Lunatic asylums Madras 1892-1911 - 1892-1911
Year: 1892
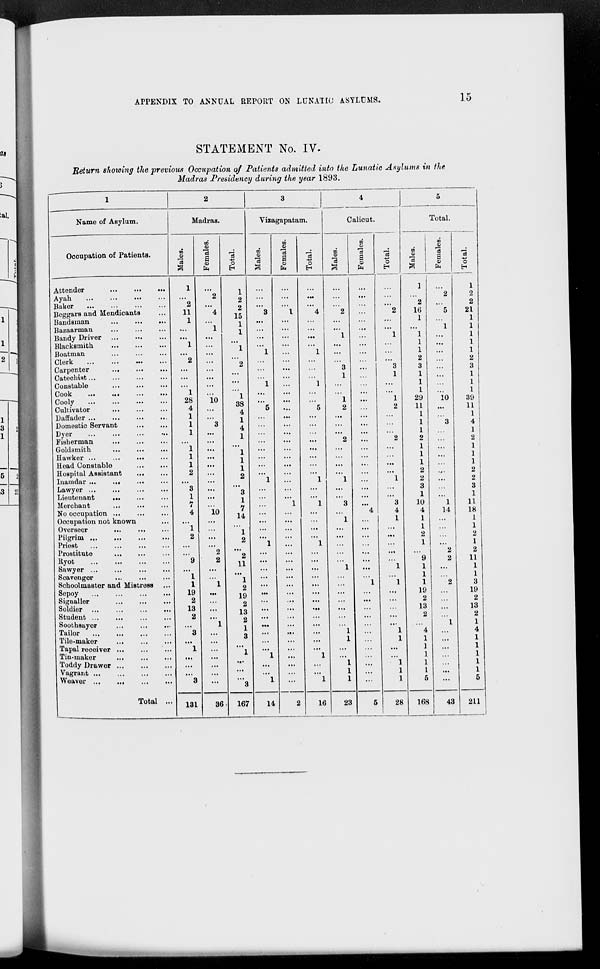
APPENDIX TO ANNUAL REPORT ON LUNATIC ASYLUMS.
15
STATEMENT No. IV.
Return showing the previous Occupation of Patients admitted into the Lunatic Asylums in the
Madras Presidency during the year 1893.
1
Name of Asylum.
Occupation of Patients.
Attender
...
...
...
Ayah ... ... ... ...
Baker ... ... ... ...
Beggars and Mendicants ...
Bandsman
...
...
...
Bazaarman ... ... ...
Bandy Driver ... ... ...
Blacksmith
...
...
...
Boatman ... ... ...
Clerk
...
...
...
...
Carpenter ... ... ...
Catechist ... ... ... ...
Constable ... ... ...
Cook
...
...
...
...
Cooly
...
...
...
...
Cultivator
...
...
...
Daffader ... ... ... ...
Domestic Servant ... ...
Dyer ... ... ... ...
Fisherman ... ... ...
Goldsmith ... ... ...
Hawker ... ... ... ...
Head Constable ... ...
Hospital Assistant ... ...
Inamdar ... ... ... ...
Lawyer ... ... ... ...
Lieutenant ... ... ...
Merchant ... ... ...
No occupation ... ... ...
Occupation not known ...
Overseer ... ... ...
Pilgrim
...
...
...
...
Priest ... ... ... ...
Prostitute ... ... ...
Ryot
...
...
...
...
Sawyer ... ... ... ...
Scavenger ... ... ...
Schoolmaster and Mistress ...
Sepoy
...
...
...
...
Signaller
...
...
...
Soldier
...
...
...
...
Student ... ... ... ...
Soothsayer
...
...
...
Tailor
...
...
...
...
Tile-maker ... ... ...
Tapal receiver ... ... ...
Tin-maker
...
...
...
Toddy Drawer
..
...
...
Vagrant
...
...
...
...
Weaver
...
...
...
...
Total ...
2
Madras.
Males.
1
...
2
11
1
...
...
1
...
2
...
...
...
1
28
4
1
1
1
...
1
1
1
2
...
3
1
7
4
...
1
2
...
...
9
...
1
1
19
2
13
2
...
3
...
1
...
...
...
3
131
Females.
...
2
...
4
...
1
...
...
...
...
...
...
...
...
10
...
...
3
...
...
...
...
...
...
...
...
...
...
10
...
...
...
...
2
2
...
...
1
...
...
...
...
1
...
...
...
...
...
...
...
36
Total.
1
2
2
15
1
1
...
1
...
2
...
...
...
1
38
4
1
4
1
...
1
1
1
2
...
3
1
7
14
...
1
2
...
2
11
...
1
2
19
2
13
2
1
3
...
1
...
...
...
3
167
3
Vizagapatam.
Males.
...
...
...
3
...
...
...
...
1
...
...
...
1
...
...
5
...
...
...
...
...
...
...
...
1
...
...
...
...
...
...
...
1
...
...
...
...
...
...
...
...
...
...
...
...
...
1
...
...
1
14
Females.
...
...
...
1
...
...
...
...
...
...
...
...
...
...
...
...
...
...
...
...
...
...
...
...
...
...
1
...
...
...
...
...
...
...
...
...
...
...
...
...
...
...
...
...
...
...
...
...
...
2
Total..
...
...
...
4
...
...
...
...
1
...
...
...
1
...
...
5
...
...
...
...
...
...
...
...
1
...
...
1
...
...
...
...
1
...
...
...
...
...
...
...
...
...
...
...
...
...
1
...
...
1
16
4
Calicut.
Males.
...
...
...
2
...
...
1
...
...
...
3
1
...
...
1
2
...
...
...
2
...
...
...
...
1
...
...
3
...
1
...
...
...
...
...
1
...
...
...
...
...
...
...
1
1
...
...
1
1
1
23
Females.
...
...
...
...
...
...
...
...
...
...
...
...
...
...
...
...
...
...
...
...
...
...
...
...
...
...
...
...
4
...
...
...
...
...
...
...
...
1
...
...
...
...
...
...
...
...
...
...
...
...
5
Total.
...
...
...
2
...
...
1
...
...
...
3
1
...
...
1
2
...
...
...
2
...
...
...
...
1
...
...
3
4
1
...
...
...
...
...
1
...
1
...
...
...
...
...
1
1
...
...
1
1
1
28
5
Total.
Males.
1
...
2
16
1
...
1
1
1
2
3
1
1
1
29
11
1
1
1
2
1
1
1
2
2
3
1
10
4
1
1
2
1
...
9
1
1
1
19
2
13
2
...
4
1
1
1
1
1
5
168
Females.
...
2
...
5
...
1
...
...
...
...
...
...
...
...
10
...
...
3
...
...
...
...
...
...
...
...
...
1
14
...
...
...
...
2
2
...
...
2
...
...
...
...
1
...
...
...
...
...
...
...
43
Total.
1
2
2
21
1
1
1
1
1
2
3
1
1
1
39
11
1
4
1
2
1
1
1
2
2
3
1
11
18
1
1
2
1
2
11
1
1
3
19
2
13
2
1
4
1
1
1
1
1
5
211